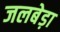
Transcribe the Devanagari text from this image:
जलबेड़ा